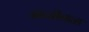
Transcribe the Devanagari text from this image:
मनोबळ